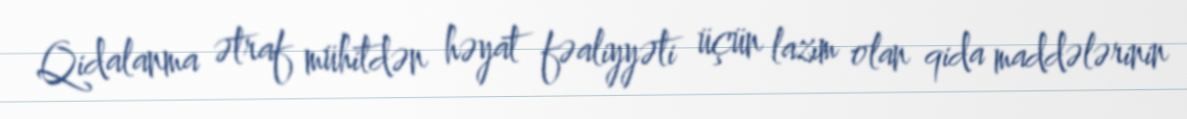
Qidalanma ətraf mühitdən həyat fəaliyyəti üçün lazım olan qida maddələrinin